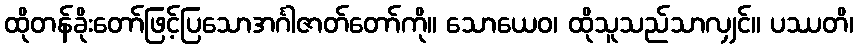
ထိုတန်ခိုးတော်ဖြင့်ပြသောအင်္ဂါဇာတ်တော်ကို။ သောယေဝ၊ ထိုသူသည်သာလျှင်။ ပဿတိ၊